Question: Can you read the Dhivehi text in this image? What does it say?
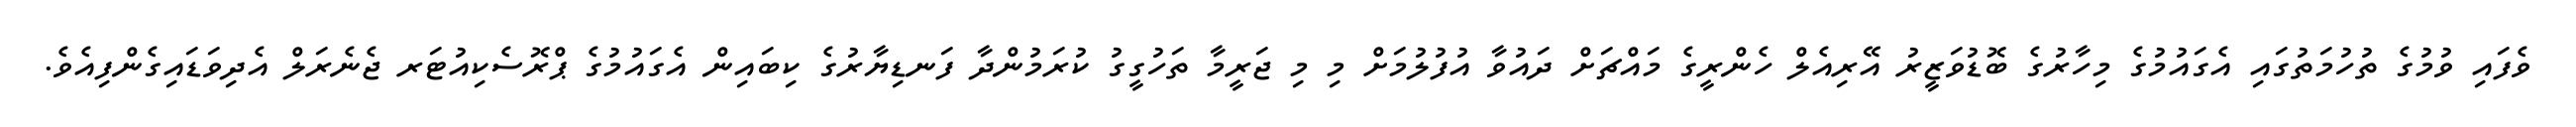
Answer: ވެފައި ވުމުގެ ތުހުމަތުގައި އެގައުމުގެ މިހާރުގެ ބޮޑުވަޒީރު އޭރިއެލް ހެންރީގެ މައްޗަށް ދައުވާ އުފުލުމަށް މި މި ޖަރީމާ ތަހުގީގު ކުރަމުންދާ ފަނޑިޔާރުގެ ކިބައިން އެގައުމުގެ ޕްރޮސެކިއުޓަރ ޖެނެރަލް އެދިވަޑައިގެންފިއެވެ.